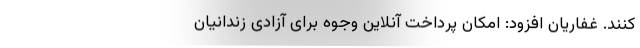
کنند. غفاریان افزود: امکان پرداخت آنلاین وجوه برای آزادی زندانیان